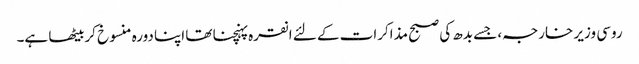
روسی وزیر خارجہ، جسے بدھ کی صبح مذاکرات کے لئے انقرہ پہنچنا تھا اپنا دورہ منسوخ کربیٹھا ہے۔